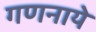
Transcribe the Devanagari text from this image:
गणनाये